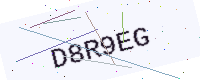
Text: D8R9EG